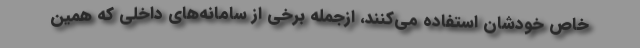
خاص خودشان استفاده می‌کنند، ازجمله برخی از سامانه‌های داخلی که همین